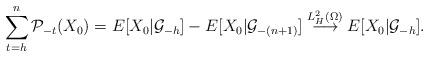
LaTeX: \begin{align*}\sum_{t=h}^n \mathcal{P}_{-t}(X_0)=E[X_0|\mathcal{G}_{-h}]-E[X_0|\mathcal{G}_{-(n+1)}]\stackrel{L_H^2(\Omega)}{\longrightarrow}E[X_0|\mathcal{G}_{-h}].\end{align*}